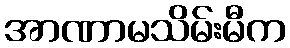
အာဏာမသိမ်းမီက